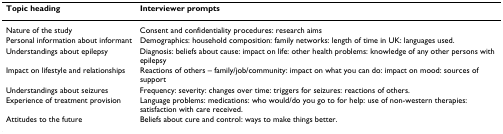
<table><thead><tr><td><b>Topic heading</b></td><td><b>Interviewer prompts</b></td></tr></thead><tbody><tr><td>Nature of the study</td><td>Consent and confidentiality procedures: research aims</td></tr><tr><td>Personal information about informant</td><td>Demographics: household composition: family networks: length of time in UK: languages used.</td></tr><tr><td>Understandings about epilepsy</td><td>Diagnosis: beliefs about cause: impact on life: other health problems: knowledge of any other persons with epilepsy</td></tr><tr><td>Impact on lifestyle and relationships</td><td>Reactions of others – family/job/community: impact on what you can do: impact on mood: sources of support</td></tr><tr><td>Understandings about seizures</td><td>Frequency: severity: changes over time: triggers for seizures: reactions of others.</td></tr><tr><td>Experience of treatment provision</td><td>Language problems: medications: who would/do you go to for help: use of non-western therapies: satisfaction with care received.</td></tr><tr><td>Attitudes to the future</td><td>Beliefs about cure and control: ways to make things better.</td></tr></tbody></table>